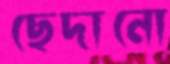
ছেদানো